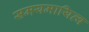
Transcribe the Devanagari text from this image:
समयमायित्व